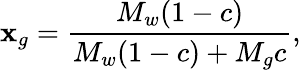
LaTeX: \mathbf{x}_{g}=\frac{{M_{w}(1-c)}}{{M_{w}(1-c)+M_{g}c}},